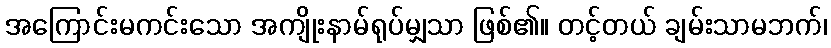
အကြောင်းမကင်းသော အကျိုးနာမ်ရုပ်မျှသာ ဖြစ်၏။ တင့်တယ် ချမ်းသာမဘက်၊